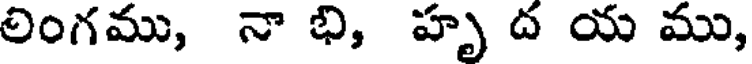
లింగము, నా భి, హృ ద య ము,